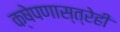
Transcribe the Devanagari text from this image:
क्षेपणास्त्रेही